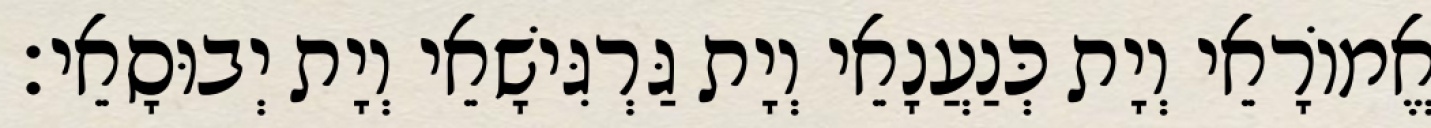
אֱמוֹרָאֵי וְיָת כְּנַעֲנָאֵי וְיָת גַּרְגִּישָׁאֵי וְיָת יְבוּסָאֵי׃